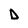
Character: D